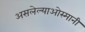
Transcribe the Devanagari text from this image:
असलेल्याओस्मानी